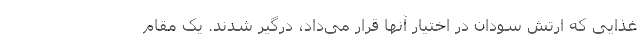
غذایی که ارتش سودان در اختیار آنها قرار می‌داد، درگیر شدند. یک مقام